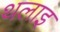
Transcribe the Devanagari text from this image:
थलाइ